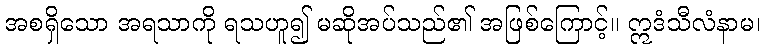
အစရှိသော အရသာကို ရသဟူ၍ မဆိုအပ်သည်၏ အဖြစ်ကြောင့်။ ဣဒံသီလံနာမ၊